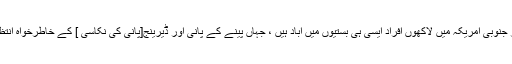
افریقہ، ایشیا اور جنوبی امریکہ میں لاکھوں افراد ایسی ہی بستیوں میں آباد ہیں ، جہاں پینے کے پانی اور ڈیرینج[پانی کی نکاسی ] کے خاطرخواہ انتظامات نہیں ہیں ۔